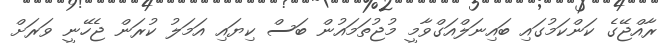
ރާއްޖޭގެ ކަންކަމުގައި ބައިނަލްއަގްވާމީ މުޖުތަމައުން ބަސް ކިޔައި އަމަލު ކުރަން ޖެހޭނީ ވަރަށް